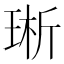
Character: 𪻩